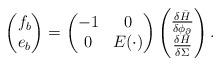
LaTeX: \begin{align*} \begin{aligned} \begin{pmatrix} f_{b} \\ e_{b} \end{pmatrix} = \begin{pmatrix} -1& 0 \\ 0& E(\cdot) \end{pmatrix} \begin{pmatrix} \frac{\delta\bar{H}}{\delta\phi_{\partial}} \\ \frac{\delta\bar{H}}{\delta\Sigma} \end{pmatrix}. \end{aligned} \end{align*}